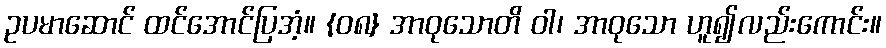
ဥပမာဆောင် ထင်အောင်ပြအံ့။ {၀၈} အာဝုသောတိ ဝါ၊ အာဝုသော ဟူ၍လည်းကောင်း။